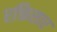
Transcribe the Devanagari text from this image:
रक्तिसार